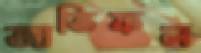
জাতিফল